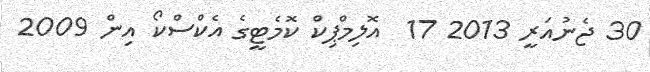
30 ޖެނުއަރީ 2013 17  އޮލިމްޕިކް ކޮމެޓީގެ އެކްސްކޯ އިން 2009